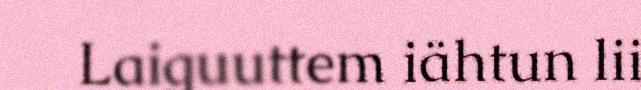
Laiguuttem iähtun lii